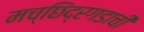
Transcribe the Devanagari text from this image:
मच्छिंद्रगडाची